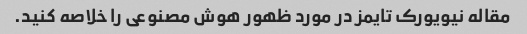
مقاله نیویورک تایمز در مورد ظهور هوش مصنوعی را خلاصه کنید.